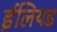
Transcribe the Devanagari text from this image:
ईलियड